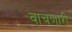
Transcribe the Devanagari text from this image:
वाचणारी